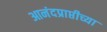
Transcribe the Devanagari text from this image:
आनंदप्राप्तीच्या